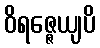
ဝိရဇ္ဇေယျပိ